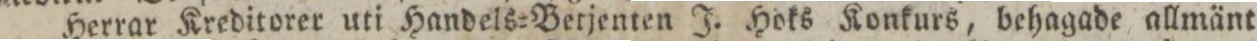
Herrar Kreditorer uti Handels=Berjenten J. Hoks Konkurs, behagade allmänt